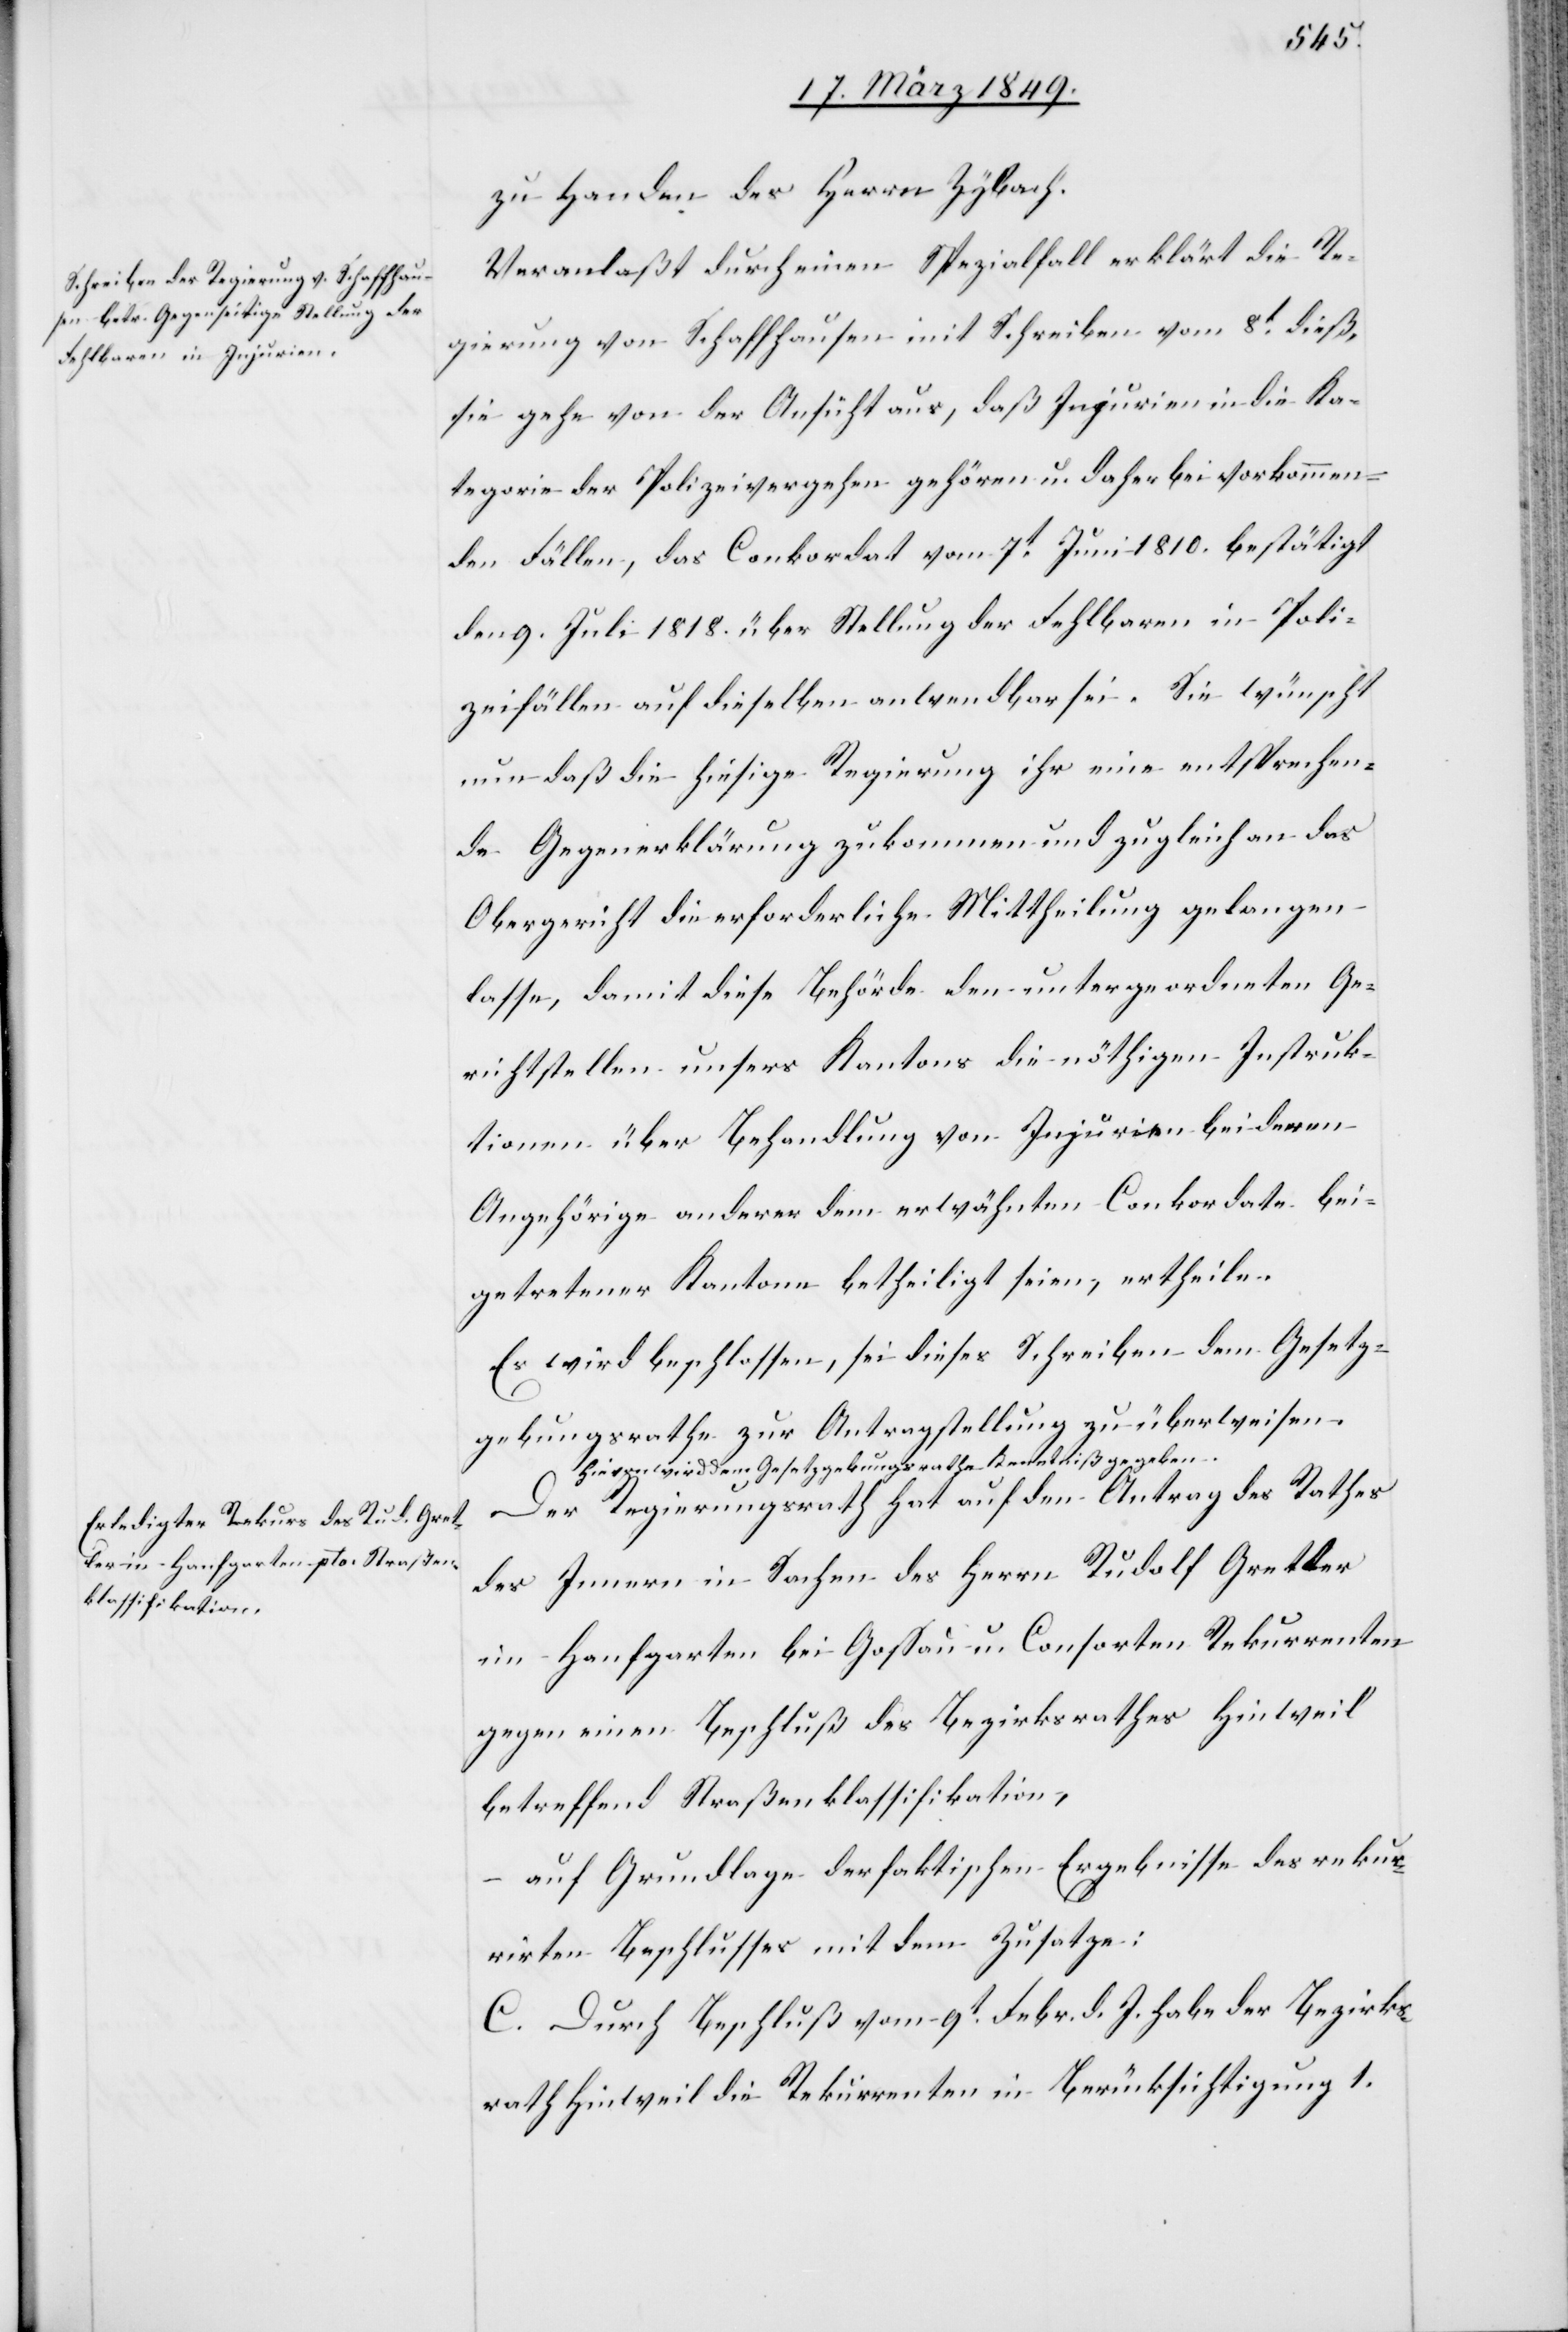
zu Handen des Herrn Zybach.
Veranlaßt durch einen Spezialfall erklärt die Re¬
gierung von Schaffhausen mit Schreiben vom 8t. dieß,
sie gehe von der Ansicht aus, daß Injurien in die Ka¬
tegorie der Polizeivergehen gehören u. daher bei vorkommen¬
den Fällen, das Conkordat vom 7t. Juni 1810. bestätigt
den 9. Juli 1818. über Stellung der Fehlbaren in Poli¬
zeifällen auf dieselben anwendbar sei. Sie wünscht
nun daß die hiesige Regierung ihr eine entsprechen¬
de Gegenerklärung zukommen und zugleich an das
Obergericht die erforderliche Mittheilung gelangen
lasse, damit diese Behörde den untergeordneten Ge¬
richtstellen unsers Kantons die nöthigen Instruk¬
tionen über Behandlung von Injurien bei denen
Angehörige anderer dem erwähnten Conkordate bei¬
getretener Kantone betheiligt seien, ertheile.
Es wird beschlossen, sei dieses Schreiben dem Gesetz¬
gebungsrathe zur Antragstellung zu überweisen.
Hievon wird dem Gesetzgebungsrathe Kenntniß gegeben.
Der Regierungsrath hat auf den Antrag des Rathes
des Innern in Sachen des Herrn Rudolf Gretler
im Hanfgarten bei Gossau u. Consorten Rekurrenten
gegen einen Beschluß des Bezirksrathes Hinweil
betreffend Straßenklassifikation,
auf Grundlage der faktischen Ergebnisse des rekur¬
rirten Beschlusses mit dem Zusatze:
C. Durch Beschluß vom 9t. Febr. d. J. habe der Bezirks¬
rath Hinweil die Rekurrenten in Berücksichtigung 1.